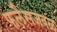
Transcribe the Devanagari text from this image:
फलैसजवळ